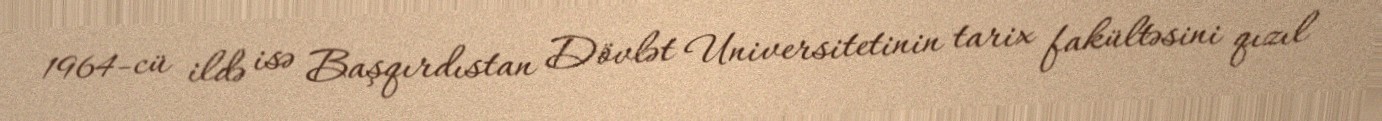
1964-cü ildə isə Başqırdıstan Dövlət Universitetinin tarix fakültəsini qızıl